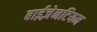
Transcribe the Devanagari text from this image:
बाईज़ेनटियम